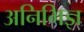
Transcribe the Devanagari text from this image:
अनिभिज्ञ